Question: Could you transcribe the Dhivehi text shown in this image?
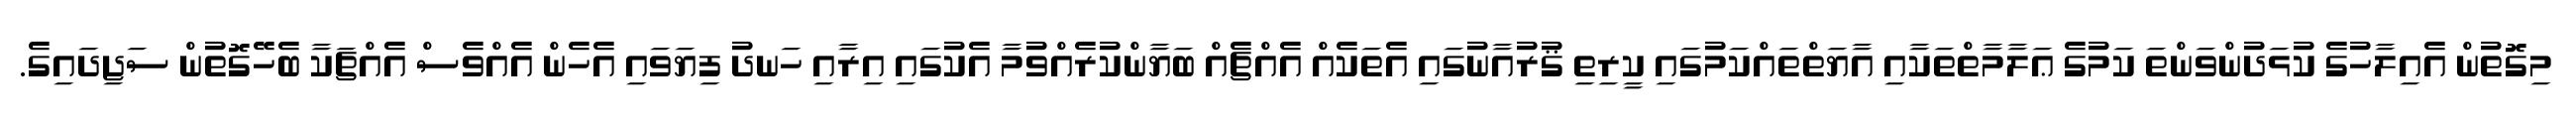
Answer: މިގޮތުން އެއިލާހުގެ ކުޅަދުންވަންތަ ކަމުގެ ޢަލާމާތްތަކާއި އާޔަތްތައްކަމުގައި ކީރިތި ޤުރުއާނުގައި އެތަކެއް އެއްޗެއް ބަޔާންކުރެއްވުމާ އެކުގައި އިރާއި ހަނދު ފިޔަވައި އެހެން އެއްވެސް އެއްޗަކާ ބެހޭގޮތުން ސަޖިދައިގެ.